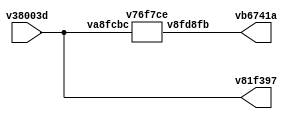
// Code generated by Icestudio 0.8.1w202112300112

`default_nettype none

//---- Top entity
module main (
 input [1:0] v38003d,
 output [1:0] v81f397,
 output [1:0] vb6741a
);
 wire [0:1] w0;
 wire [0:1] w1;
 wire [0:1] w2;
 assign w0 = v38003d;
 assign v81f397 = w0;
 assign vb6741a = w1;
 assign w2 = v38003d;
 assign w2 = w0;
 v76f7ce v6ccb58 (
  .v8fd8fb(w1),
  .va8fcbc(w2)
 );
endmodule

//---- Top entity
module v76f7ce (
 input [1:0] va8fcbc,
 output [1:0] v8fd8fb
);
 wire [0:1] w0;
 wire [0:1] w1;
 wire w2;
 wire w3;
 wire w4;
 wire w5;
 assign w0 = va8fcbc;
 assign v8fd8fb = w1;
 v0dbcb9 v7d1cb8 (
  .v8b19dd(w0),
  .v3f8943(w2),
  .v64d863(w4)
 );
 v80ac84 v1cc6f4 (
  .v67a3fc(w1),
  .vee8a83(w3),
  .v03aaf0(w5)
 );
 v3676a0 v214cf3 (
  .v0e28cb(w2),
  .vcbab45(w3)
 );
 v3676a0 v8b12b1 (
  .v0e28cb(w4),
  .vcbab45(w5)
 );
endmodule

//---------------------------------------------------
//-- not-x2
//-- - - - - - - - - - - - - - - - - - - - - - - - --
//-- not-x2: 2-bits not gate
//---------------------------------------------------
//---- Top entity
module v0dbcb9 (
 input [1:0] v8b19dd,
 output v3f8943,
 output v64d863
);
 wire w0;
 wire w1;
 wire [0:1] w2;
 assign v3f8943 = w0;
 assign v64d863 = w1;
 assign w2 = v8b19dd;
 v0dbcb9_v9a2a06 v9a2a06 (
  .o1(w0),
  .o0(w1),
  .i(w2)
 );
endmodule

//---------------------------------------------------
//-- Bus2-Split-all
//-- - - - - - - - - - - - - - - - - - - - - - - - --
//-- Bus2-Split-all: Split the 2-bits bus into two wires
//---------------------------------------------------

module v0dbcb9_v9a2a06 (
 input [1:0] i,
 output o1,
 output o0
);
 assign o1 = i[1];
 assign o0 = i[0];
endmodule
//---- Top entity
module v80ac84 (
 input vee8a83,
 input v03aaf0,
 output [1:0] v67a3fc
);
 wire w0;
 wire w1;
 wire [0:1] w2;
 assign w0 = vee8a83;
 assign w1 = v03aaf0;
 assign v67a3fc = w2;
 v80ac84_v9a2a06 v9a2a06 (
  .i1(w0),
  .i0(w1),
  .o(w2)
 );
endmodule

//---------------------------------------------------
//-- Bus2-Join-all
//-- - - - - - - - - - - - - - - - - - - - - - - - --
//-- Bus2-Join-all: Joint two wires into a 2-bits Bus
//---------------------------------------------------

module v80ac84_v9a2a06 (
 input i1,
 input i0,
 output [1:0] o
);
 assign o = {i1, i0};
 
endmodule
//---- Top entity
module v3676a0 (
 input v0e28cb,
 output vcbab45
);
 wire w0;
 wire w1;
 assign w0 = v0e28cb;
 assign vcbab45 = w1;
 v3676a0_vd54ca1 vd54ca1 (
  .a(w0),
  .q(w1)
 );
endmodule

//---------------------------------------------------
//-- NOT
//-- - - - - - - - - - - - - - - - - - - - - - - - --
//-- NOT gate (Verilog implementation)
//---------------------------------------------------

module v3676a0_vd54ca1 (
 input a,
 output q
);
 //-- NOT Gate
 assign q = ~a;
 
 
endmodule